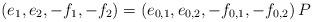
LaTeX: \begin{align*}(e_1,e_2,-f_1,-f_2)&=(e_{0,1},e_{0,2},-f_{0,1},-f_{0,2}) \, P\end{align*}